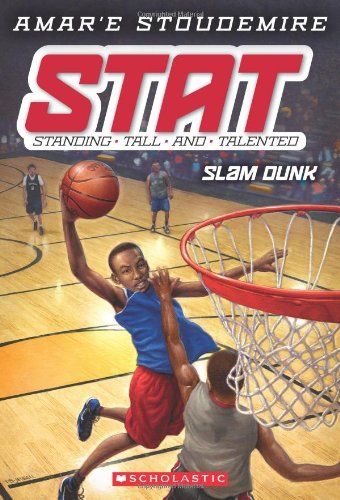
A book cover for STAT #3: Slam Dunk: Standing Tall and Talented; Amar'e Stoudemire; Children's Books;